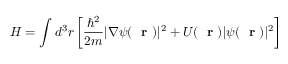
H = \int d ^ { 3 } r \left[ \frac { \hbar ^ { 2 } } { 2 m } | \nabla \psi ( \mathrm { ~ \bf ~ r ~ } ) | ^ { 2 } + U ( \mathrm { ~ \bf ~ r ~ } ) | \psi ( \mathrm { ~ \bf ~ r ~ } ) | ^ { 2 } \right]